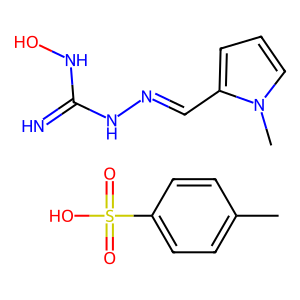
SMILES: Cc1ccc(S(=O)(=O)O)cc1.Cn1cccc1C=NNC(=N)NO
Inhibits HIV replication: No